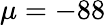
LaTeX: \mu=-88